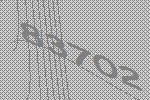
83702